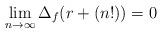
LaTeX: \begin{align*}\lim_{n \to \infty} \Delta_f(r+(n!))=0\end{align*}